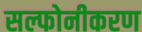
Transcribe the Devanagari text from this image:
सल्फोनीकरण